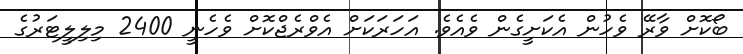
ބޯކޮށް ވާރޭ ވެހުން އެކަށީގެން ވެއެވެ. އަހަރަކަށް އެވްރެޖްކޮށް ވެހެނީ 2400 މިލިލީޓަރުގެ